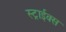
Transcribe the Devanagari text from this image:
स्ट्राईक्स